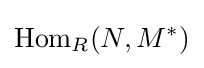
\operatorname {Hom} _{R}(N,M^{*})